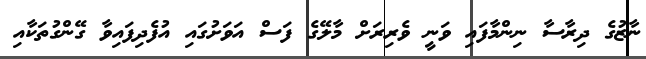
ނާޒުގެ ދިރާސާ ނިންމާފައި ވަނީ ވެރިރަށް މާލޭގެ ފަސް އަވަށުގައި އުފެދިފައިވާ ގޭންގުތަކާއި